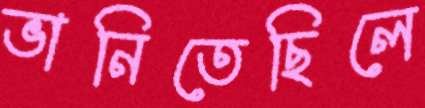
ভানিতেছিলে